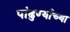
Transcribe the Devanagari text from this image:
पांढुर्ण्याच्या